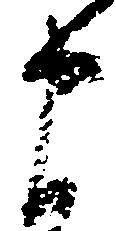
申